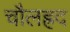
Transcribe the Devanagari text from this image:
चौलह्रद